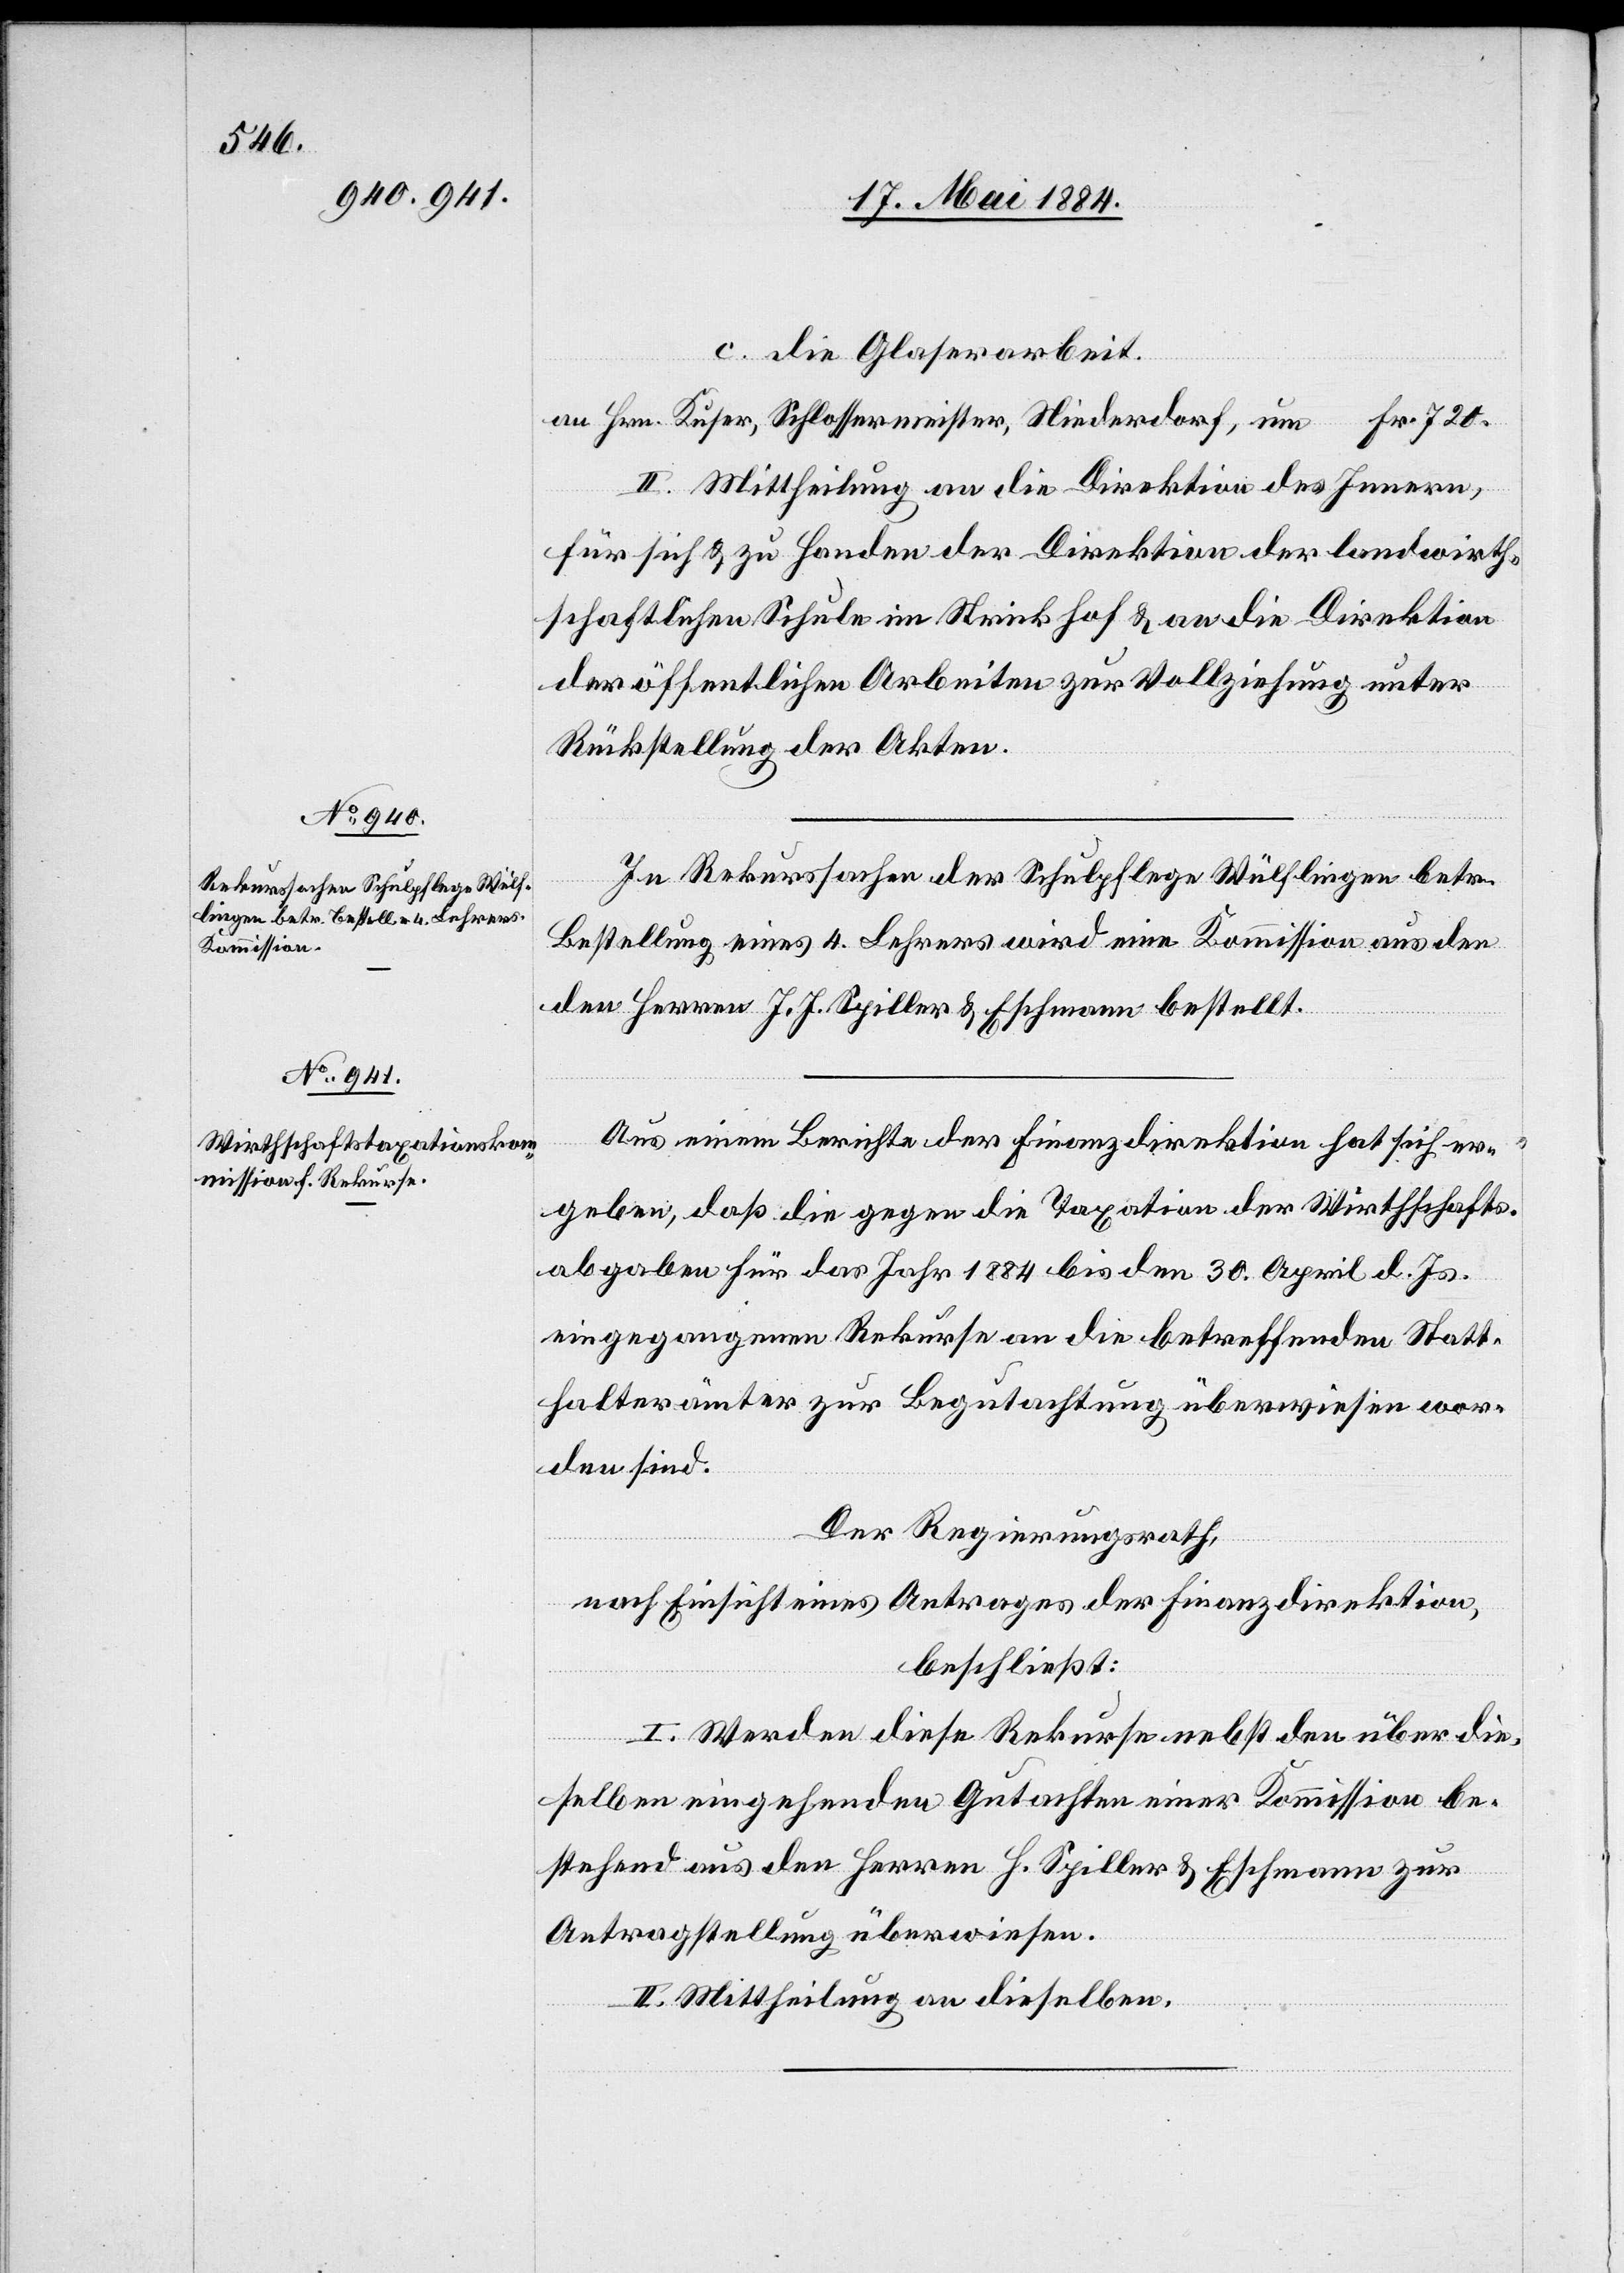
c. die Glaserarbeit.
II. Mittheilung an die Direktion des Innern,
für sich & zu Handen der Direktion der landwirth¬
schaftlichen Schule im Strickhof & an die Direktion
der öffentlichen Arbeiten zur Vollziehung unter
720.
Rückstellung der Akten.
In Rekurssachen der Schulpflege Wülflingen betr.
Bestellung eines 4. Lehrers wird eine Kommission aus
den Herren J. J. Spiller & Eschmann bestellt.
Aus einem Berichte der Finanzdirektion hat sich er¬
geben, daß die gegen die Taxation der Wirthschafts¬
abgaben für das Jahr 1884 bis den 30. April d. Js.
eingegangenen Rekurse an die betreffenden Statt¬
halterämter zur Begutachtung überwiesen wor¬
den sind.
Der Regierungsrath,
nach Einsicht eines Antrages der Finanzdirektion,
beschließt:
I. Werden diese Rekurse nebst den über die¬
selben eingehenden Gutachten einer Kommission be¬
stehend aus den Herren H. Spiller & Eschmann zur
dorf,
Antragstellung überwiesen.
II. Mittheilung an dieselben.